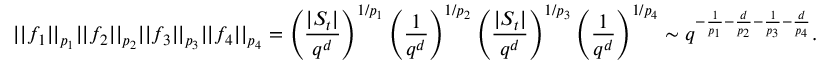
| | f _ { 1 } | | _ { p _ { 1 } } | | f _ { 2 } | | _ { p _ { 2 } } | | f _ { 3 } | | _ { p _ { 3 } } | | f _ { 4 } | | _ { p _ { 4 } } = \left( \frac { | S _ { t } | } { q ^ { d } } \right) ^ { 1 / p _ { 1 } } \left( \frac { 1 } { q ^ { d } } \right) ^ { 1 / p _ { 2 } } \left( \frac { | S _ { t } | } { q ^ { d } } \right) ^ { 1 / p _ { 3 } } \left( \frac { 1 } { q ^ { d } } \right) ^ { 1 / p _ { 4 } } \sim q ^ { - \frac { 1 } { p _ { 1 } } - \frac { d } { p _ { 2 } } - \frac { 1 } { p _ { 3 } } - \frac { d } { p _ { 4 } } } .